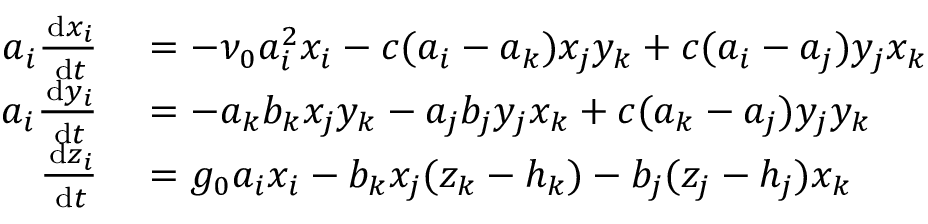
\begin{array} { r l } { \! \! a _ { i } \frac { \, \mathrm { d } x _ { i } } { \, \mathrm { d } t } } & { { } = - \nu _ { 0 } a _ { i } ^ { 2 } x _ { i } - c ( a _ { i } - a _ { k } ) x _ { j } y _ { k } + c ( a _ { i } - a _ { j } ) y _ { j } x _ { k } } \\ { \! \! a _ { i } \frac { \, \mathrm { d } y _ { i } } { \, \mathrm { d } t } } & { { } = - a _ { k } b _ { k } x _ { j } y _ { k } - a _ { j } b _ { j } y _ { j } x _ { k } + c ( a _ { k } - a _ { j } ) y _ { j } y _ { k } } \\ { \! \! \frac { \, \mathrm { d } z _ { i } } { \, \mathrm { d } t } } & { { } = g _ { 0 } a _ { i } x _ { i } - b _ { k } x _ { j } ( z _ { k } - h _ { k } ) - b _ { j } ( z _ { j } - h _ { j } ) x _ { k } } \end{array}